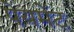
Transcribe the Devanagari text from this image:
पेयमेंट